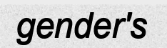
gender's